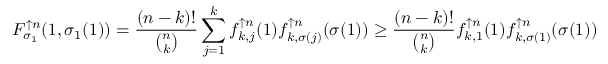
F _ { \sigma _ { 1 } } ^ { \uparrow n } ( 1 , \sigma _ { 1 } ( 1 ) ) = \frac { ( n - k ) ! } { \binom { n } { k } } \sum _ { j = 1 } ^ { k } f _ { k , j } ^ { \uparrow n } ( 1 ) f _ { k , \sigma ( j ) } ^ { \uparrow n } ( \sigma ( 1 ) ) \geq \frac { ( n - k ) ! } { \binom { n } { k } } f _ { k , 1 } ^ { \uparrow n } ( 1 ) f _ { k , \sigma ( 1 ) } ^ { \uparrow n } ( \sigma ( 1 ) )